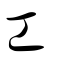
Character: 工